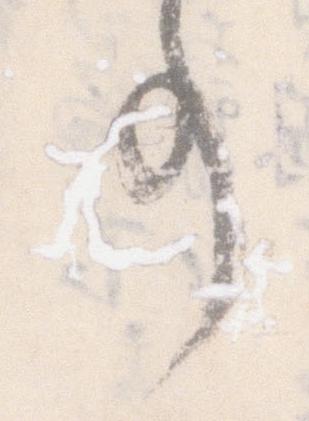
事